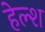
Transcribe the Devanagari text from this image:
हेल्श